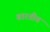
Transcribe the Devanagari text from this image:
बारतीय